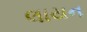
લાયન